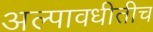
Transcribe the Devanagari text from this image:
अल्पावधीतीच